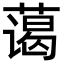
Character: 蔼